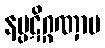
နပ္ပဋိဂ္ဂဏှာမ